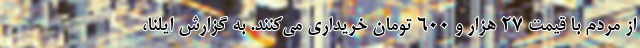
از مردم با قیمت ۲۷ هزار و ۶۰۰ تومان خریداری می‌کنند. به گزارش ایلنا،